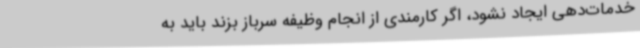
خدمات‌دهی ایجاد نشود، اگر کارمندی از انجام وظیفه سرباز بزند باید به